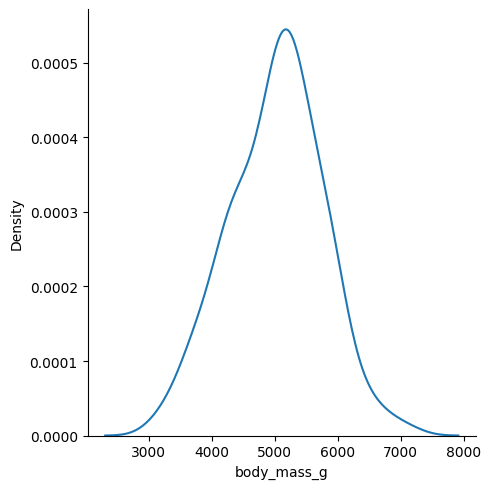
python, seaborn, displot, kind='kde', column='body_mass_g', hue='all', height=5, aspect=1.0